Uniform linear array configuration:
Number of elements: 4
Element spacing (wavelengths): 1
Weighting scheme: hamming
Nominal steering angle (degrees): -30
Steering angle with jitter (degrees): -31.622
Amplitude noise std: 0.05
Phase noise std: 0.05

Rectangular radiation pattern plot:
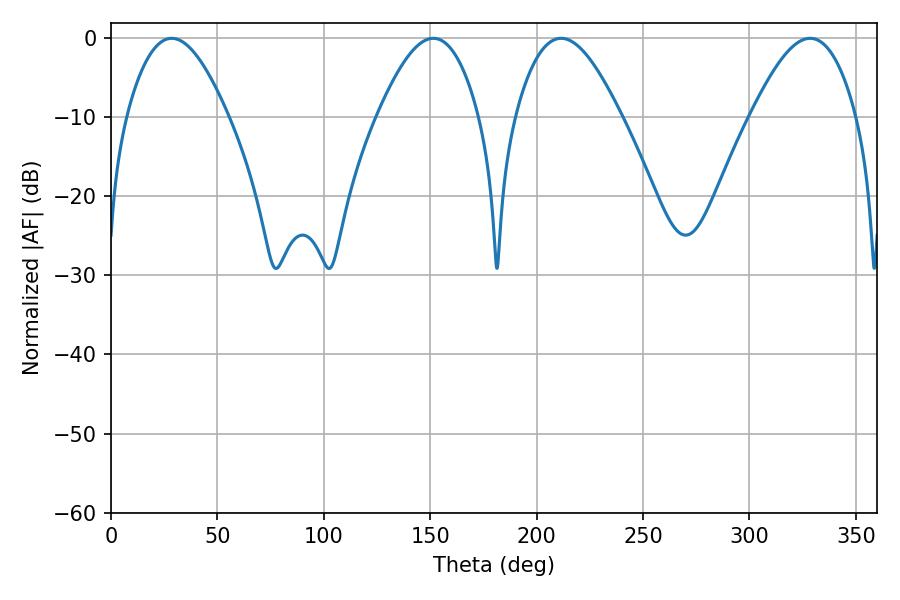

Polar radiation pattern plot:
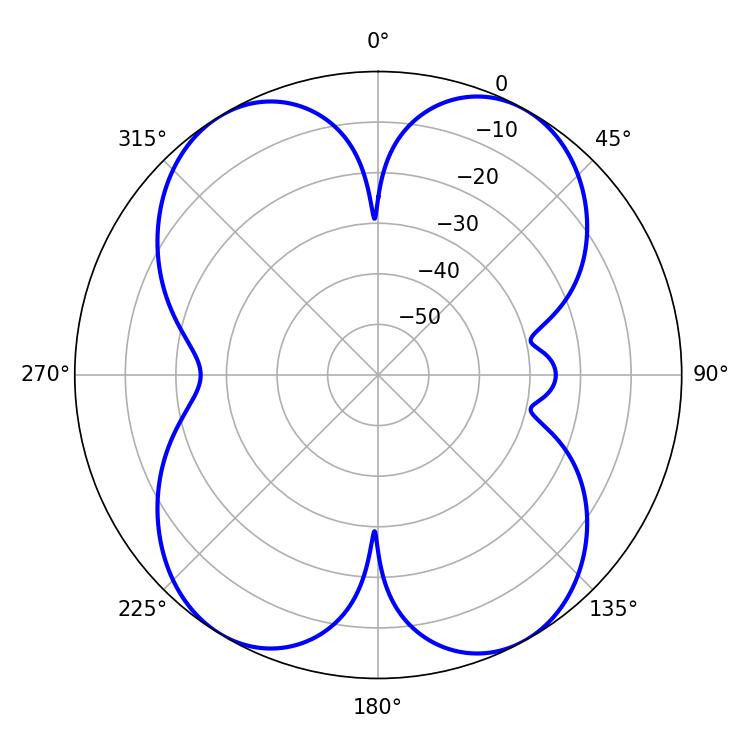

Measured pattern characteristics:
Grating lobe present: TRUE
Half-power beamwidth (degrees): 26.82
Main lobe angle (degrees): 211.5